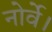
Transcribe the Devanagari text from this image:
नोर्वे।